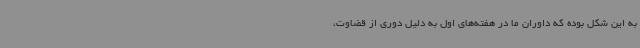
به این شکل بوده که داوران ما در هفته‌های اول به دلیل دوری از قضاوت،